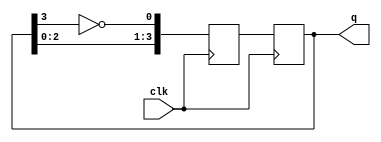
module johnson_counter(
  input clk,
  output reg [3:0] q
);

reg [3:0] next_q;

// D flip-flop connections
always @(posedge clk)
begin
  q <= next_q;
end

// Johnson Counter logic
always @(posedge clk)
begin
  next_q[0] <= ~q[3];
  next_q[1] <= q[0];
  next_q[2] <= q[1];
  next_q[3] <= q[2];
end

endmodule